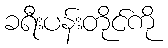
ခရီးပန်းတိုင်ကို